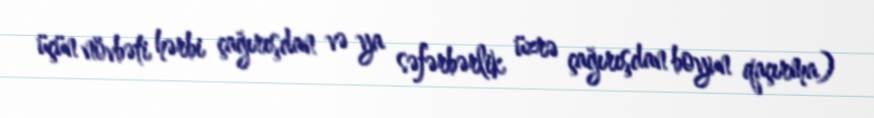
üçün növbəti hərbi çağırışdan və ya səfərbərlik üzrə çağırışdan boyun qaçırma)